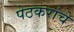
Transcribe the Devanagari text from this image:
पेठकरांचे